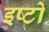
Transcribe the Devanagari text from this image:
इष्टो